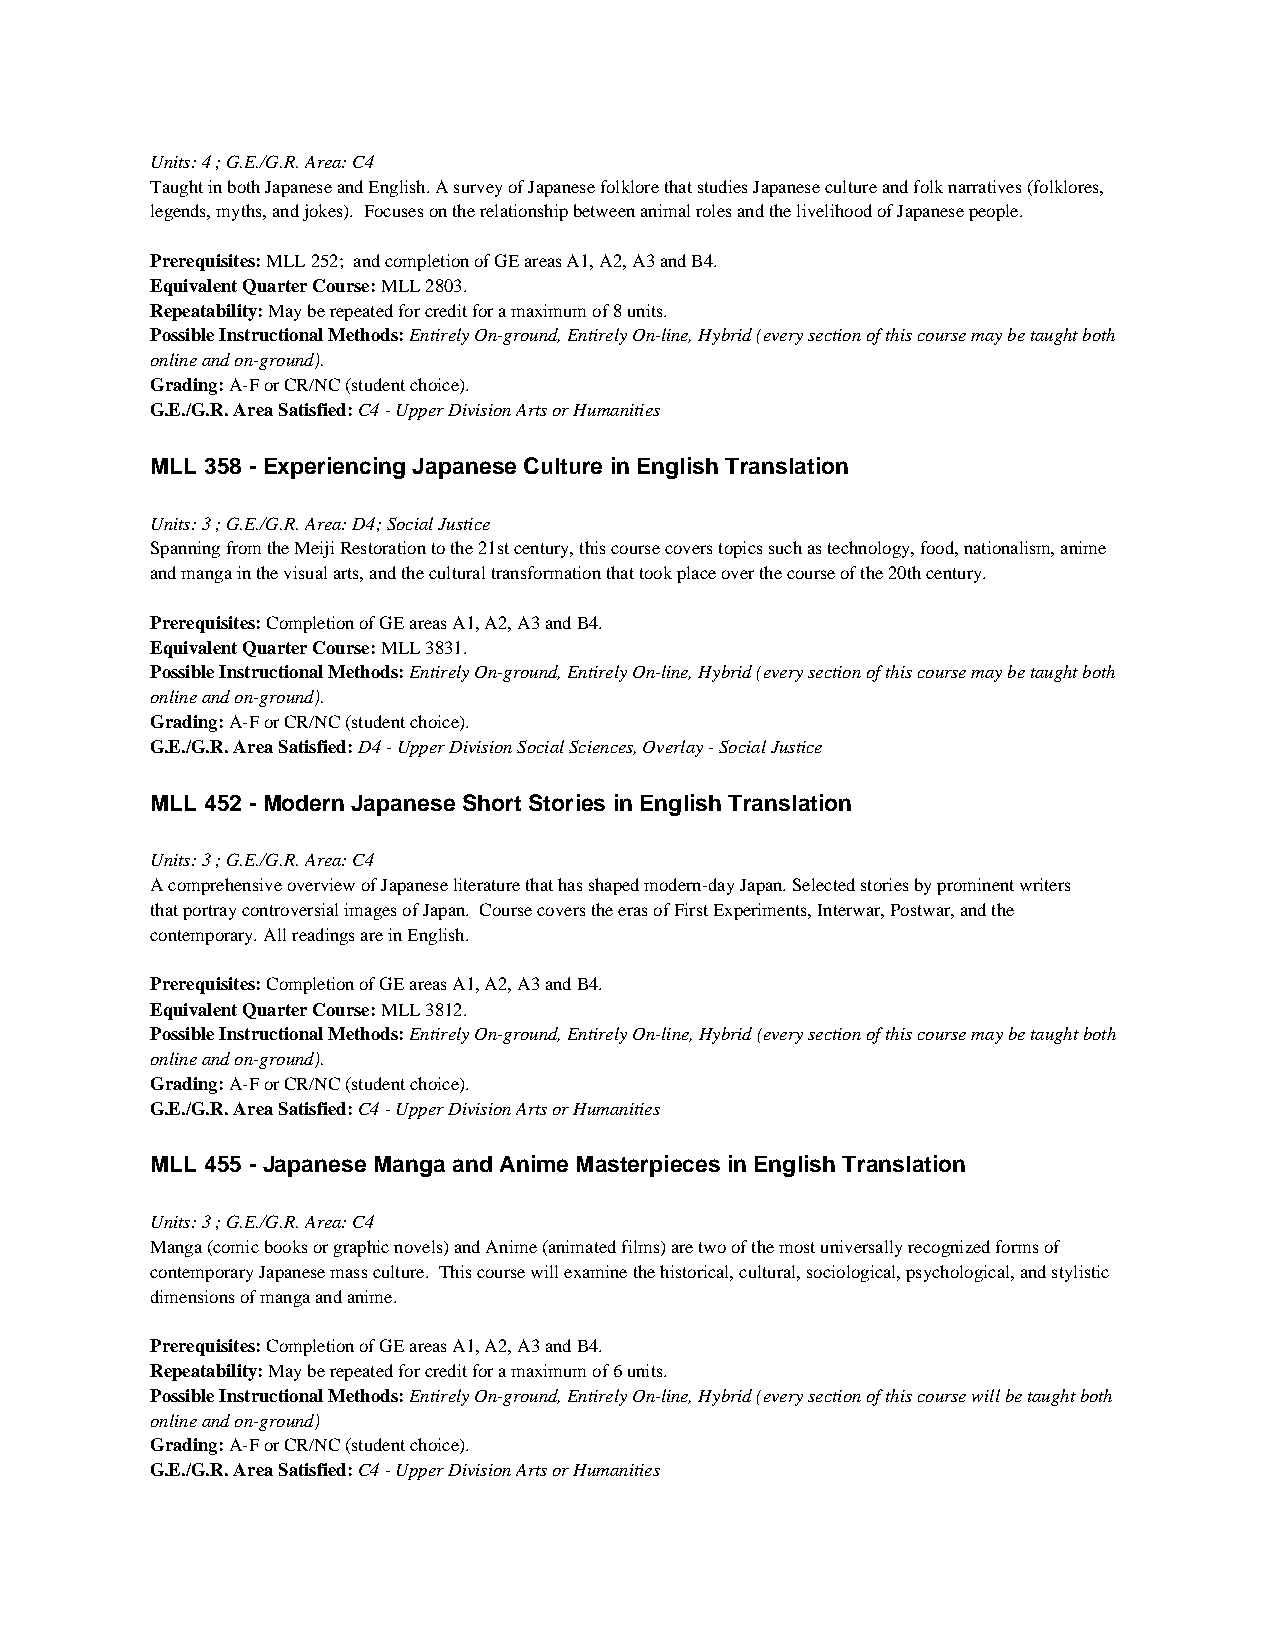
Units: 4 ; G.E./G.R. Area: C4
 Taught in both Japanese and English. A survey of Japanese folklore that studies Japanese culture and folk narratives (folklores,
 legends, myths, and jokes). Focuses on the relationship between animal roles and the livelihood of Japanese people.
 Prerequisites: MLL 252; and completion of GE areas A1, A2, A3 and B4.
 Equivalent Quarter Course: MLL 2803.
 Repeatability: May be repeated for credit for a maximum of 8 units.
 Possible Instructional Methods: Entirely On-ground, Entirely On-line, Hybrid (every section of this course may be taught both
 online and on-ground).
 Grading: A-F or CR/NC (student choice).
 G.E./G.R. Area Satisfied: C4 - Upper Division Arts or Humanities
 MLL 358 - Experiencing Japanese Culture in English Translation
 Units: 3 ; G.E./G.R. Area: D4; Social Justice
 Spanning from the Meiji Restoration to the 21st century, this course covers topics such as technology, food, nationalism, anime
 and manga in the visual arts, and the cultural transformation that took place over the course of the 20th century.
 Prerequisites: Completion of GE areas A1, A2, A3 and B4.
 Equivalent Quarter Course: MLL 3831.
 Possible Instructional Methods: Entirely On-ground, Entirely On-line, Hybrid (every section of this course may be taught both
 online and on-ground).
 Grading: A-F or CR/NC (student choice).
 G.E./G.R. Area Satisfied: D4 - Upper Division Social Sciences, Overlay - Social Justice
 MLL 452 - Modern Japanese Short Stories in English Translation
 Units: 3 ; G.E./G.R. Area: C4
 A comprehensive overview of Japanese literature that has shaped modern-day Japan. Selected stories by prominent writers
 that portray controversial images of Japan. Course covers the eras of First Experiments, Interwar, Postwar, and the
 contemporary. All readings are in English.
 Prerequisites: Completion of GE areas A1, A2, A3 and B4.
 Equivalent Quarter Course: MLL 3812.
 Possible Instructional Methods: Entirely On-ground, Entirely On-line, Hybrid (every section of this course may be taught both
 online and on-ground).
 Grading: A-F or CR/NC (student choice).
 G.E./G.R. Area Satisfied: C4 - Upper Division Arts or Humanities
 MLL 455 - Japanese Manga and Anime Masterpieces in English Translation
 Units: 3 ; G.E./G.R. Area: C4
 Manga (comic books or graphic novels) and Anime (animated films) are two of the most universally recognized forms of
 contemporary Japanese mass culture. This course will examine the historical, cultural, sociological, psychological, and stylistic
 dimensions of manga and anime.
 Prerequisites: Completion of GE areas A1, A2, A3 and B4.
 Repeatability: May be repeated for credit for a maximum of 6 units.
 Possible Instructional Methods: Entirely On-ground, Entirely On-line, Hybrid (every section of this course will be taught both
 online and on-ground)
 Grading: A-F or CR/NC (student choice).
 G.E./G.R. Area Satisfied: C4 - Upper Division Arts or Humanities